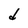
Character: d